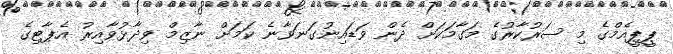
ޕީޕީއެމްގެ މި ސަރުކާރުގެ މަގާމަކަށް ދެން ވަޑައިނުގަނަވާނެ ކަމަށް ނާޒިމް ވިދާޅުވާއިރު އެޕާޓިގެ